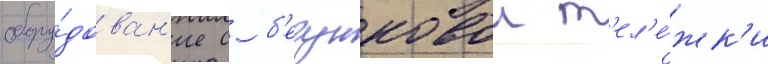
обору́дован'ие с б'егунковои т'ел'е́жк'и